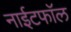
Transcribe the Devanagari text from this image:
नाईटफाॅल